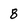
Character: 8